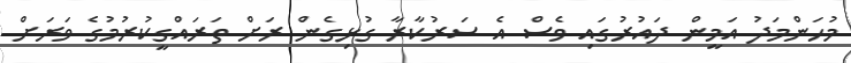
މުހަންމަދު އަމީން ދައުރުގައި ވެސް އެ ސަރުކާރާ ގުޅިގެން ރަށް ތަރައްގީކުރުމުގެ ވަރަށް